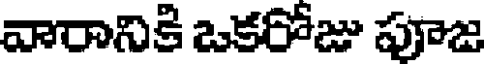
వారానికి ఒకరోజు పూజ